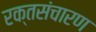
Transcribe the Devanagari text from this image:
रक्तसंचारण